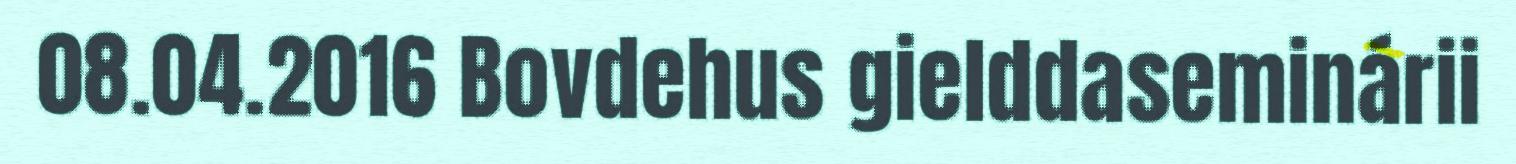
08.04.2016 Bovdehus gielddaseminárii